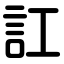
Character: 訌